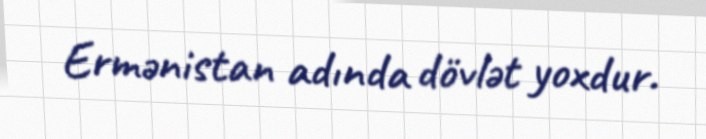
Ermənistan adında dövlət yoxdur.